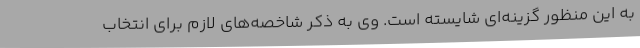
به این منظور گزینه‌ای شایسته است. وی به ذکر شاخصه‌های لازم برای انتخاب